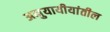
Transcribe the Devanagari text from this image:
अनुयायीयांतील